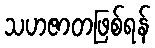
သဟဇာတဖြစ်ရန်